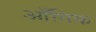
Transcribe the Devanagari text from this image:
आँगिक